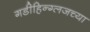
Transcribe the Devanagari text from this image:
गडीहिन्ग्लजच्या